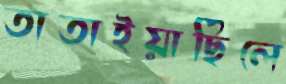
তাতাইয়াছিলে